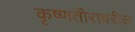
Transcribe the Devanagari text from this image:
कृष्णतीरावरील